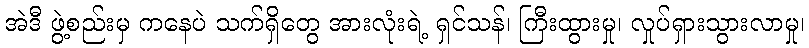
အဲဒီ ဖွဲ့စည်းမှ ကနေပဲ သက်ရှိတွေ အားလုံးရဲ့ ရှင်သန်၊ ကြီးထွားမှု၊ လှုပ်ရှားသွားလာမှု၊